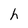
Character: h